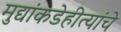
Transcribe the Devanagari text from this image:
मुद्यांकडेहीत्यांचे